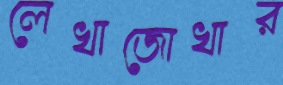
লেখাজোখার